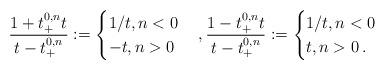
LaTeX: \begin{align*} \frac{1+t_{+}^{0, n}t}{t-t_{+}^{0, n}}:=\begin{cases} 1/t, n<0\\ -t, n>0 \end{cases}, \frac{1-t_{+}^{0, n}t}{t-t_{+}^{0, n}}:=\begin{cases} 1/t, n<0\\ t, n>0\,. \end{cases}\end{align*}